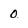
Character: 0